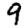
Digit: 9